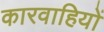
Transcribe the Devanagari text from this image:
कारवाहियों